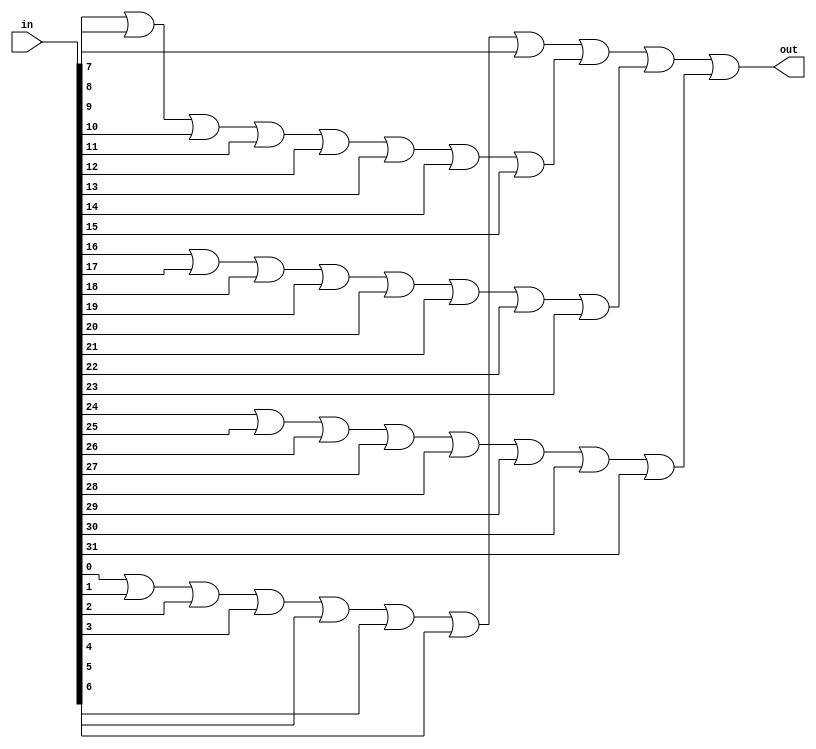
module z_neq0_32(in, out);
   
   input [31:0] in;
	output out;
	
	wire [3:0] mid;
	
	
	genvar i;
	generate
		for (i=0; i<4; i=i+1) begin: loop1
			assign mid[i] = in[i*8] || in[i*8+1] || in[i*8+2] || in[i*8+3] || in[i*8+4] || in[i*8+5] || in[i*8+6] || in[i*8+7];
		end
	endgenerate

	assign out = mid[0] || mid[1] || mid[2] || mid[3];
   
endmodule